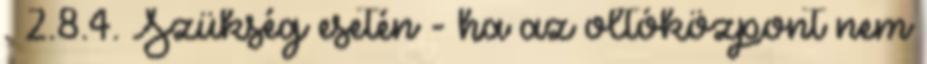
. 2.8.4. Szükség esetén - ha az oltóközpont nem